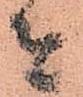
者